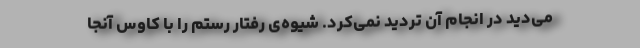
می‌دید در انجام آن تردید نمی‌کرد. شیوه‌ی رفتار رستم را با کاوس آنجا